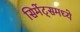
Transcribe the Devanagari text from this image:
सिमेंट्समध्ये